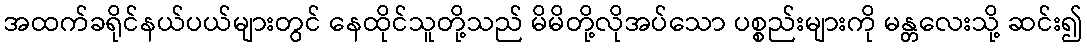
အထက်ခရိုင်နယ်ပယ်များတွင် နေထိုင်သူတို့သည် မိမိတို့လိုအပ်သော ပစ္စည်းများကို မန္တလေးသို့ ဆင်း၍